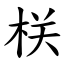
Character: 栚